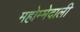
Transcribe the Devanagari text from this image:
महोम्मेदाली